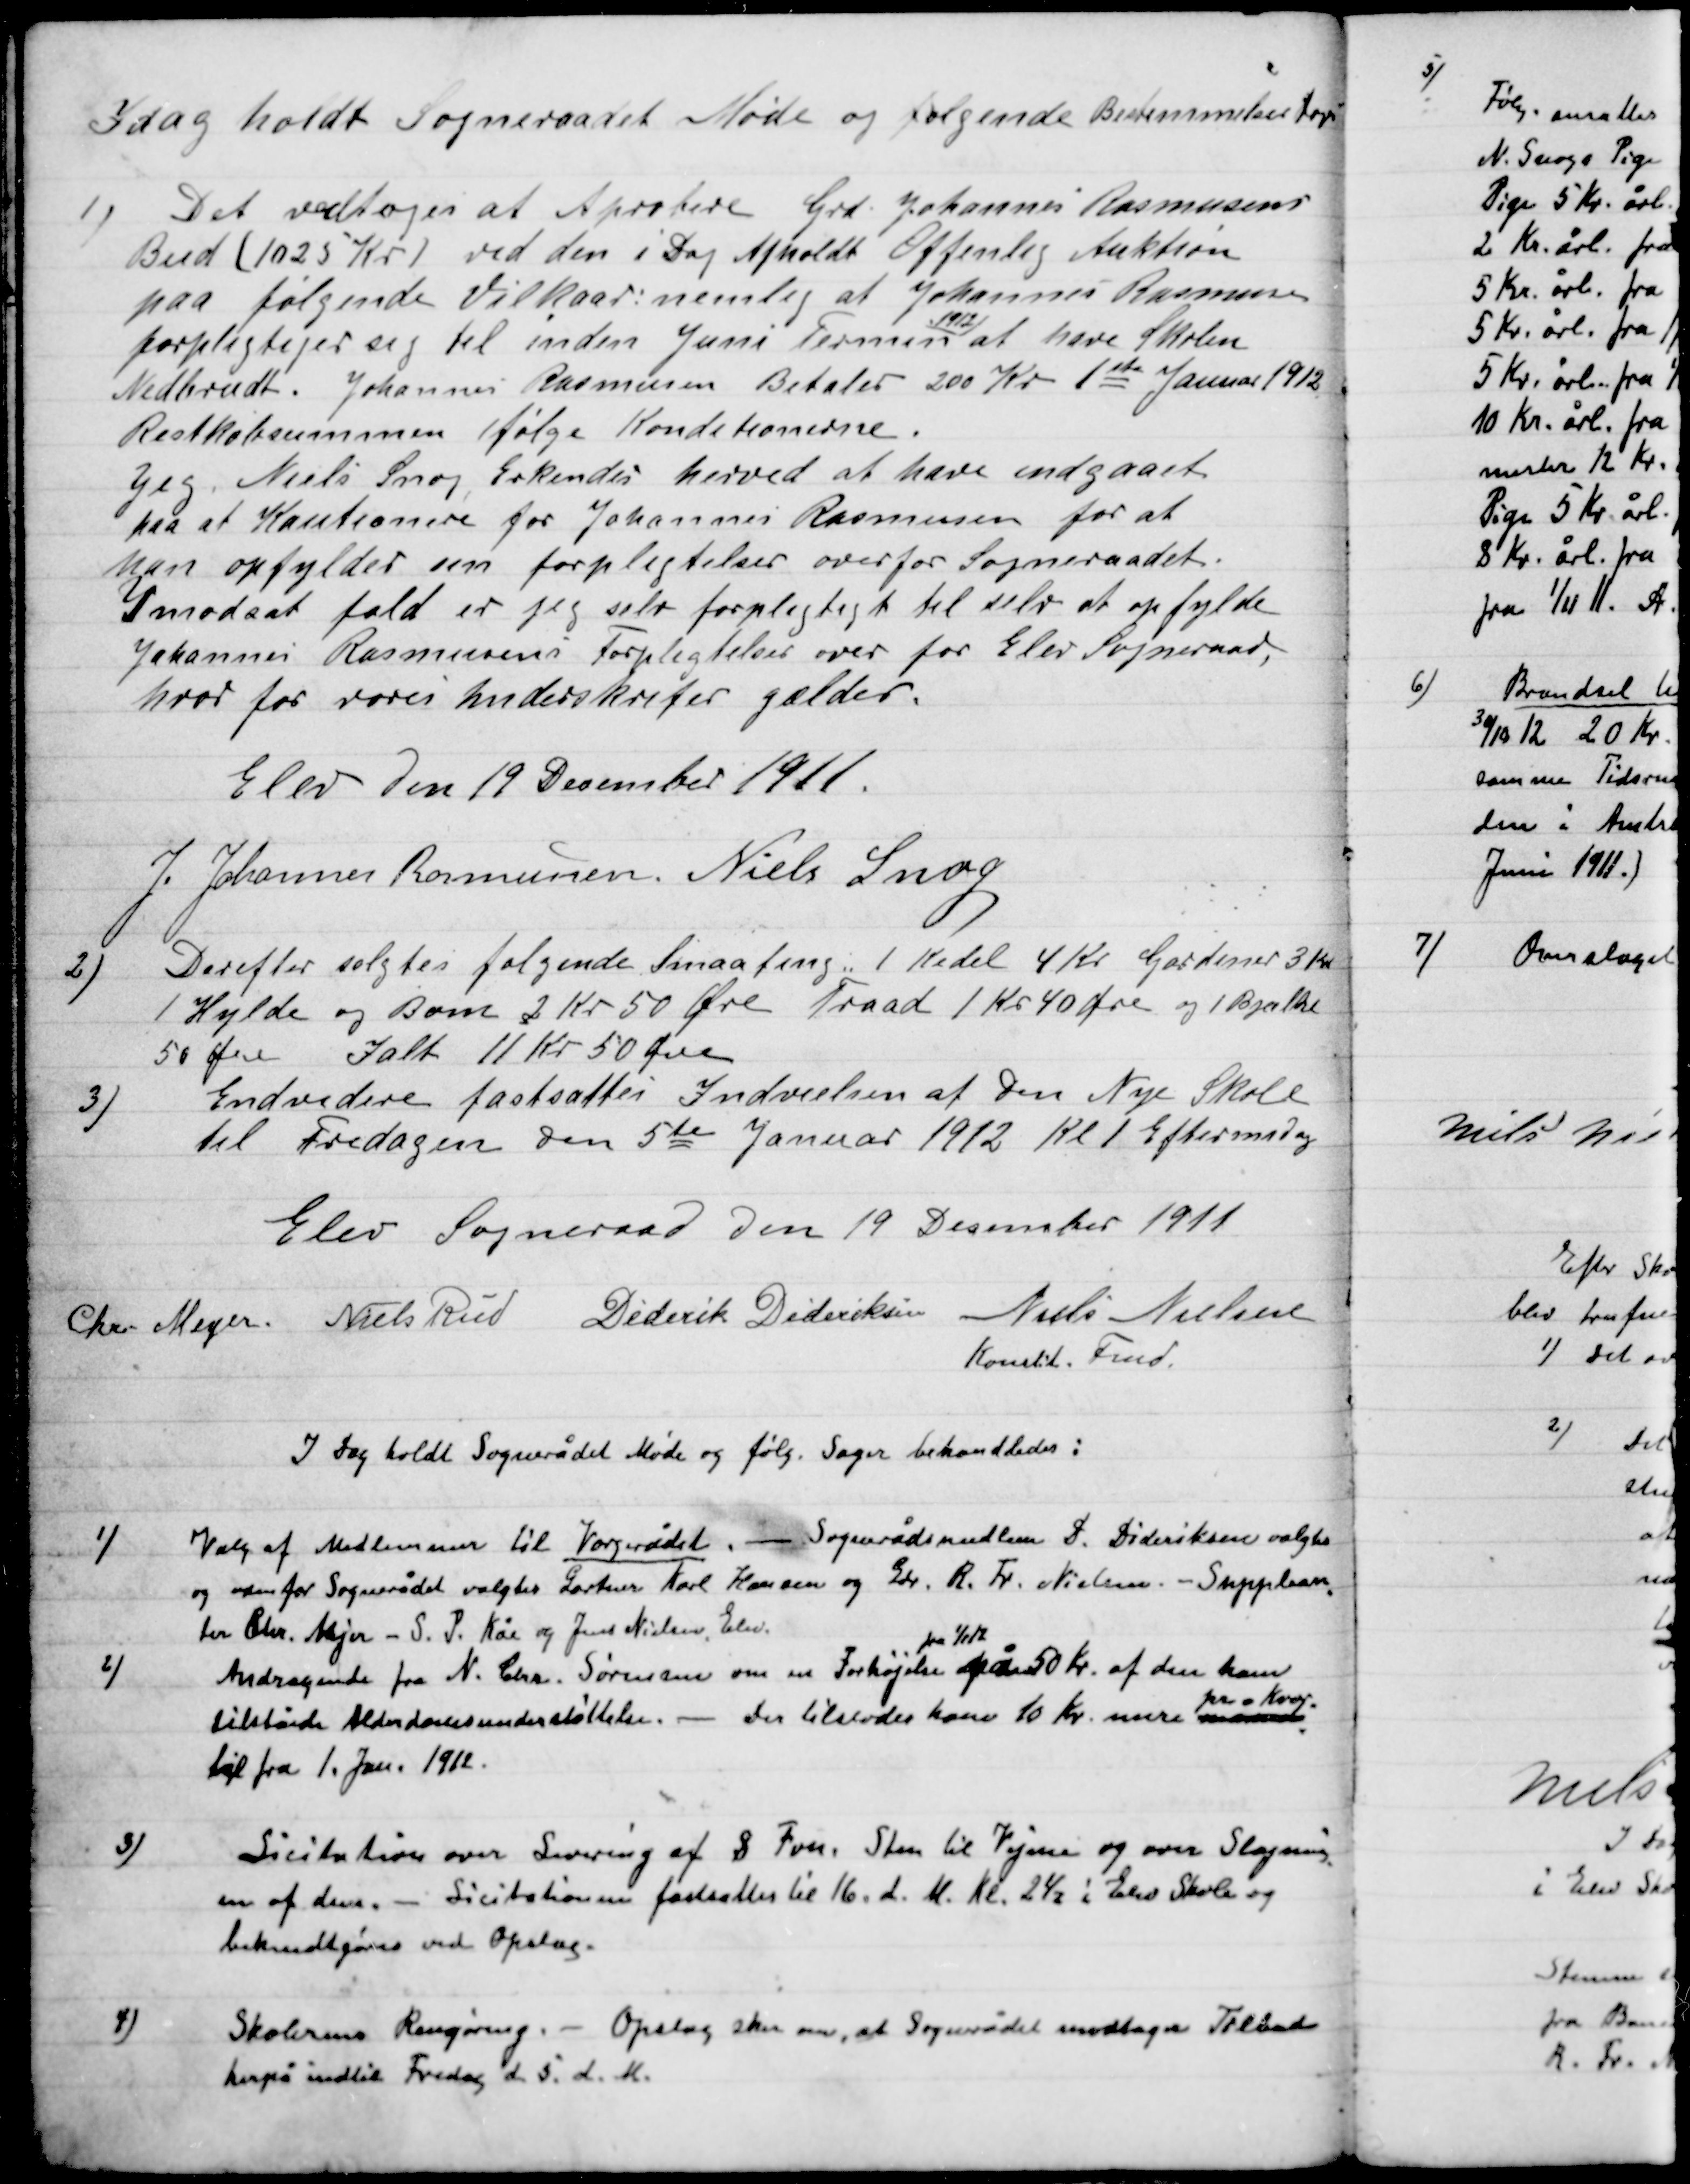
Transskription:
I dag holdt Sogneraadet Møde og følgende Bestemmelser Toges.

1)

Det vedtoges at Approbere Grd. Johannes Rasmussen
Bud (1025 Kr.) ved den i Dag Afholdt Offentlig Auktion
paa følgende Vilkaar: nemlig at Johannes Rasmussen
forpligtiger sig til inden Juni Termin
1912
at have Skolen
Nedbrudt. Johannes Rasmussen Betaler 200 Kr. 1ste Januar 1912
Restkøbesummen ifølge Kondetronerne.
Jeg Niels Snog Erkender herved at have indgaaet
paa at Kautionere for Johannes Rasmussen for at
han opfylder sin forpligtigelser overfor Sogneraadet.
Imodsat fald er jeg selv forpligtiget til selv at opfylde
Johannes Rasmussen Forpligtelser over for Elev Sogneraad,
hvor for vores Underskrifter gælder.
Elev Den 19 December 1911.
J. Johannes Rasmussen
Niels Snog.

2)

Derefter solgtes følgende Smaating , 1 Kedel 4 Kr, Gardiner 3 Kr.
1 Hylde og Bom 2 Kr. 50 Øre, Traad 1 Kr. 40 Øre og 1 Bjælke
50 Øre. I alt 11 Kr. 50 Øre.

3)

Endvidere fastsattes Indvielsen af Den Nye Skole
til Fredagen den 5te Januar 1912 Kl. 1 Eftermiddag.

Elev Sogneraad Den 19 December 1911.

Chr. Meyer
Niels Rud
Diderik Dideriksen
Niels Nielsen
Konstit. Fmd.

I dag holdt Sogneraadet Møde og følg. Sager behandledes:

1)

Valg af Medlemmer til Værgerådet, - Sognerådsmedlem D. Dideriksen  valgtes
og udenfor Sogneraadet Gartner Karl Hansen og Gdr. R. Fr. Nielsen – Suppleant-
ter Chr. Mejer – S. P. Kås og Jens Nielsen, Elev.

2)

Andragende fra N. Chr. Sørensen om en Forhøjelse
fra 1/1 12
på 50 Kr. af den ham
tilståede Alderdomsunderstøttelse – Der tilstodes ham 10 Kr. mere
pr. Kvar.
til fra 1. Jan. 1912.

3)

Licitation over Levering af 8 Fvn. Sten til Vejene og over Slagning-
en af dem. – Licitationen fastsattes til 16. d. M. Kl. 2½ i Elev Skole og
bekendtgøres ved Opslag.

4)

Skolernes rengøring. – Opslag sker naar, at Sognerådet  modtager Tilbud
herpå indtil Fredag d. 5. d. M.